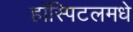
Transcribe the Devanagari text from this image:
हॉस्पिटलमधे